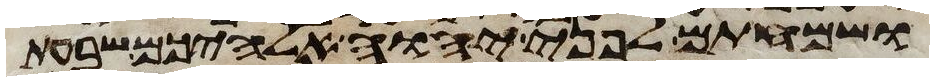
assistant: ושמחתם לפני יהוה אלהיכם שבעת